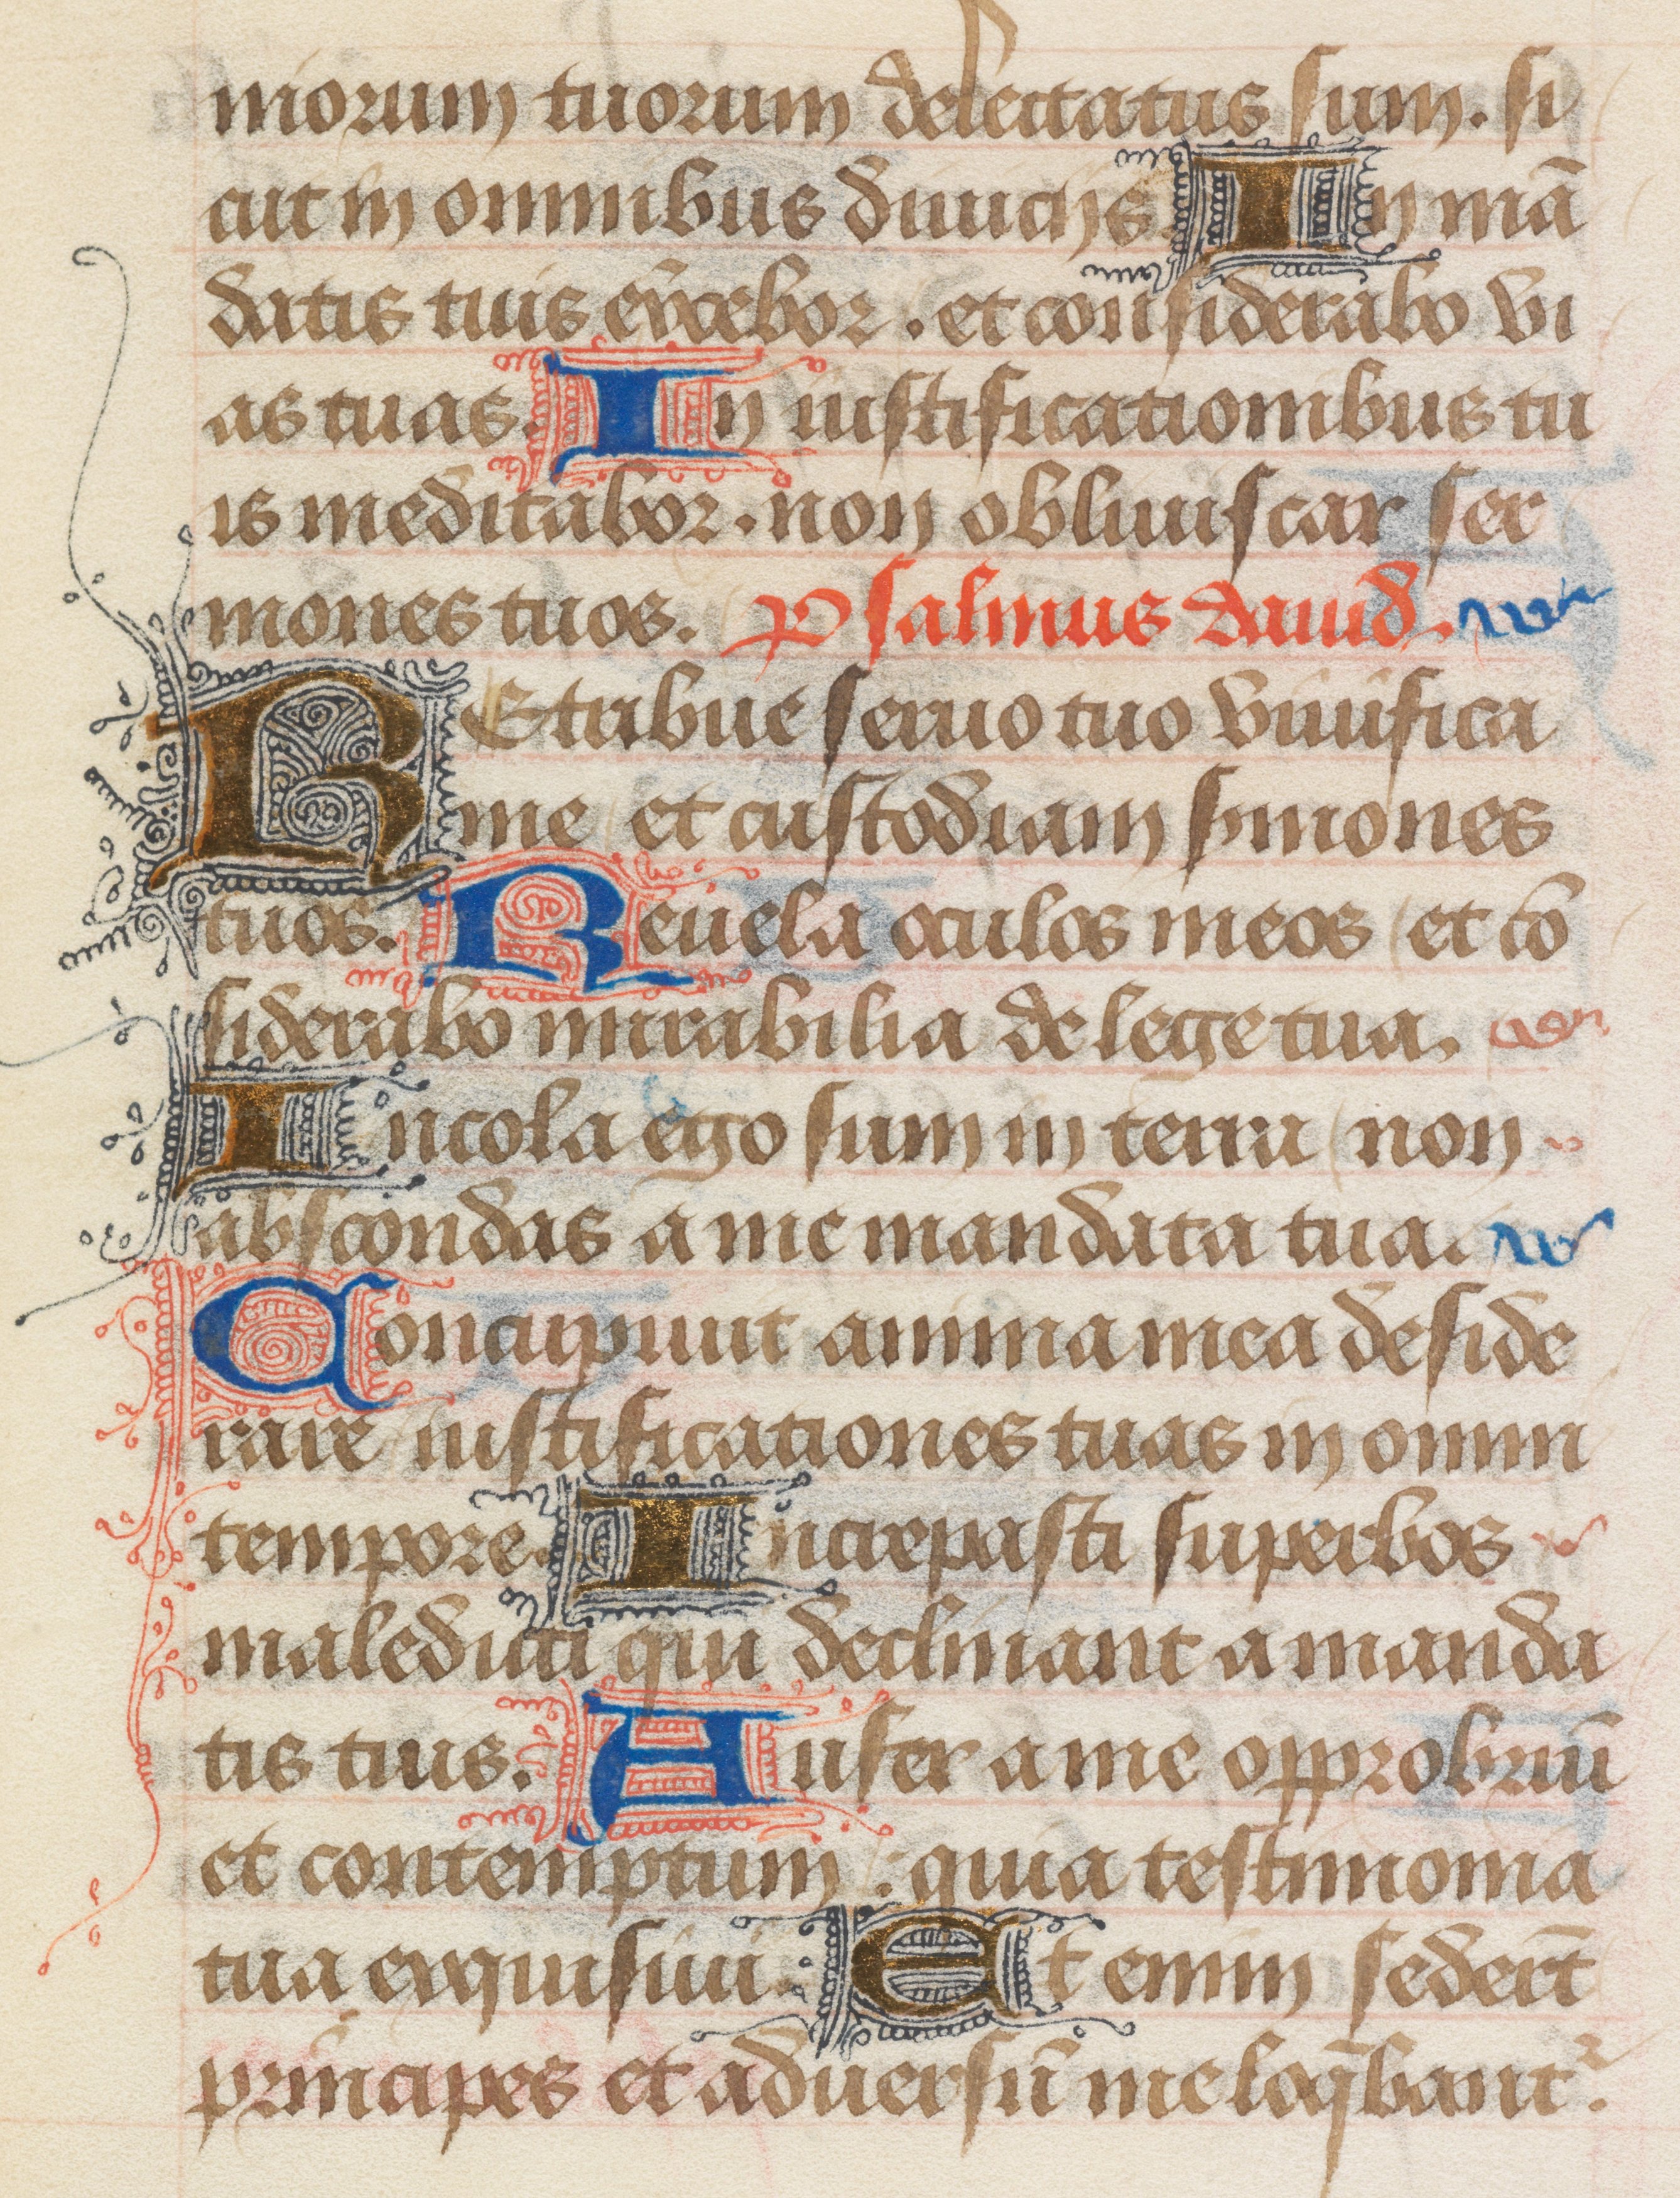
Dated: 1400–1499